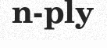
n-ply